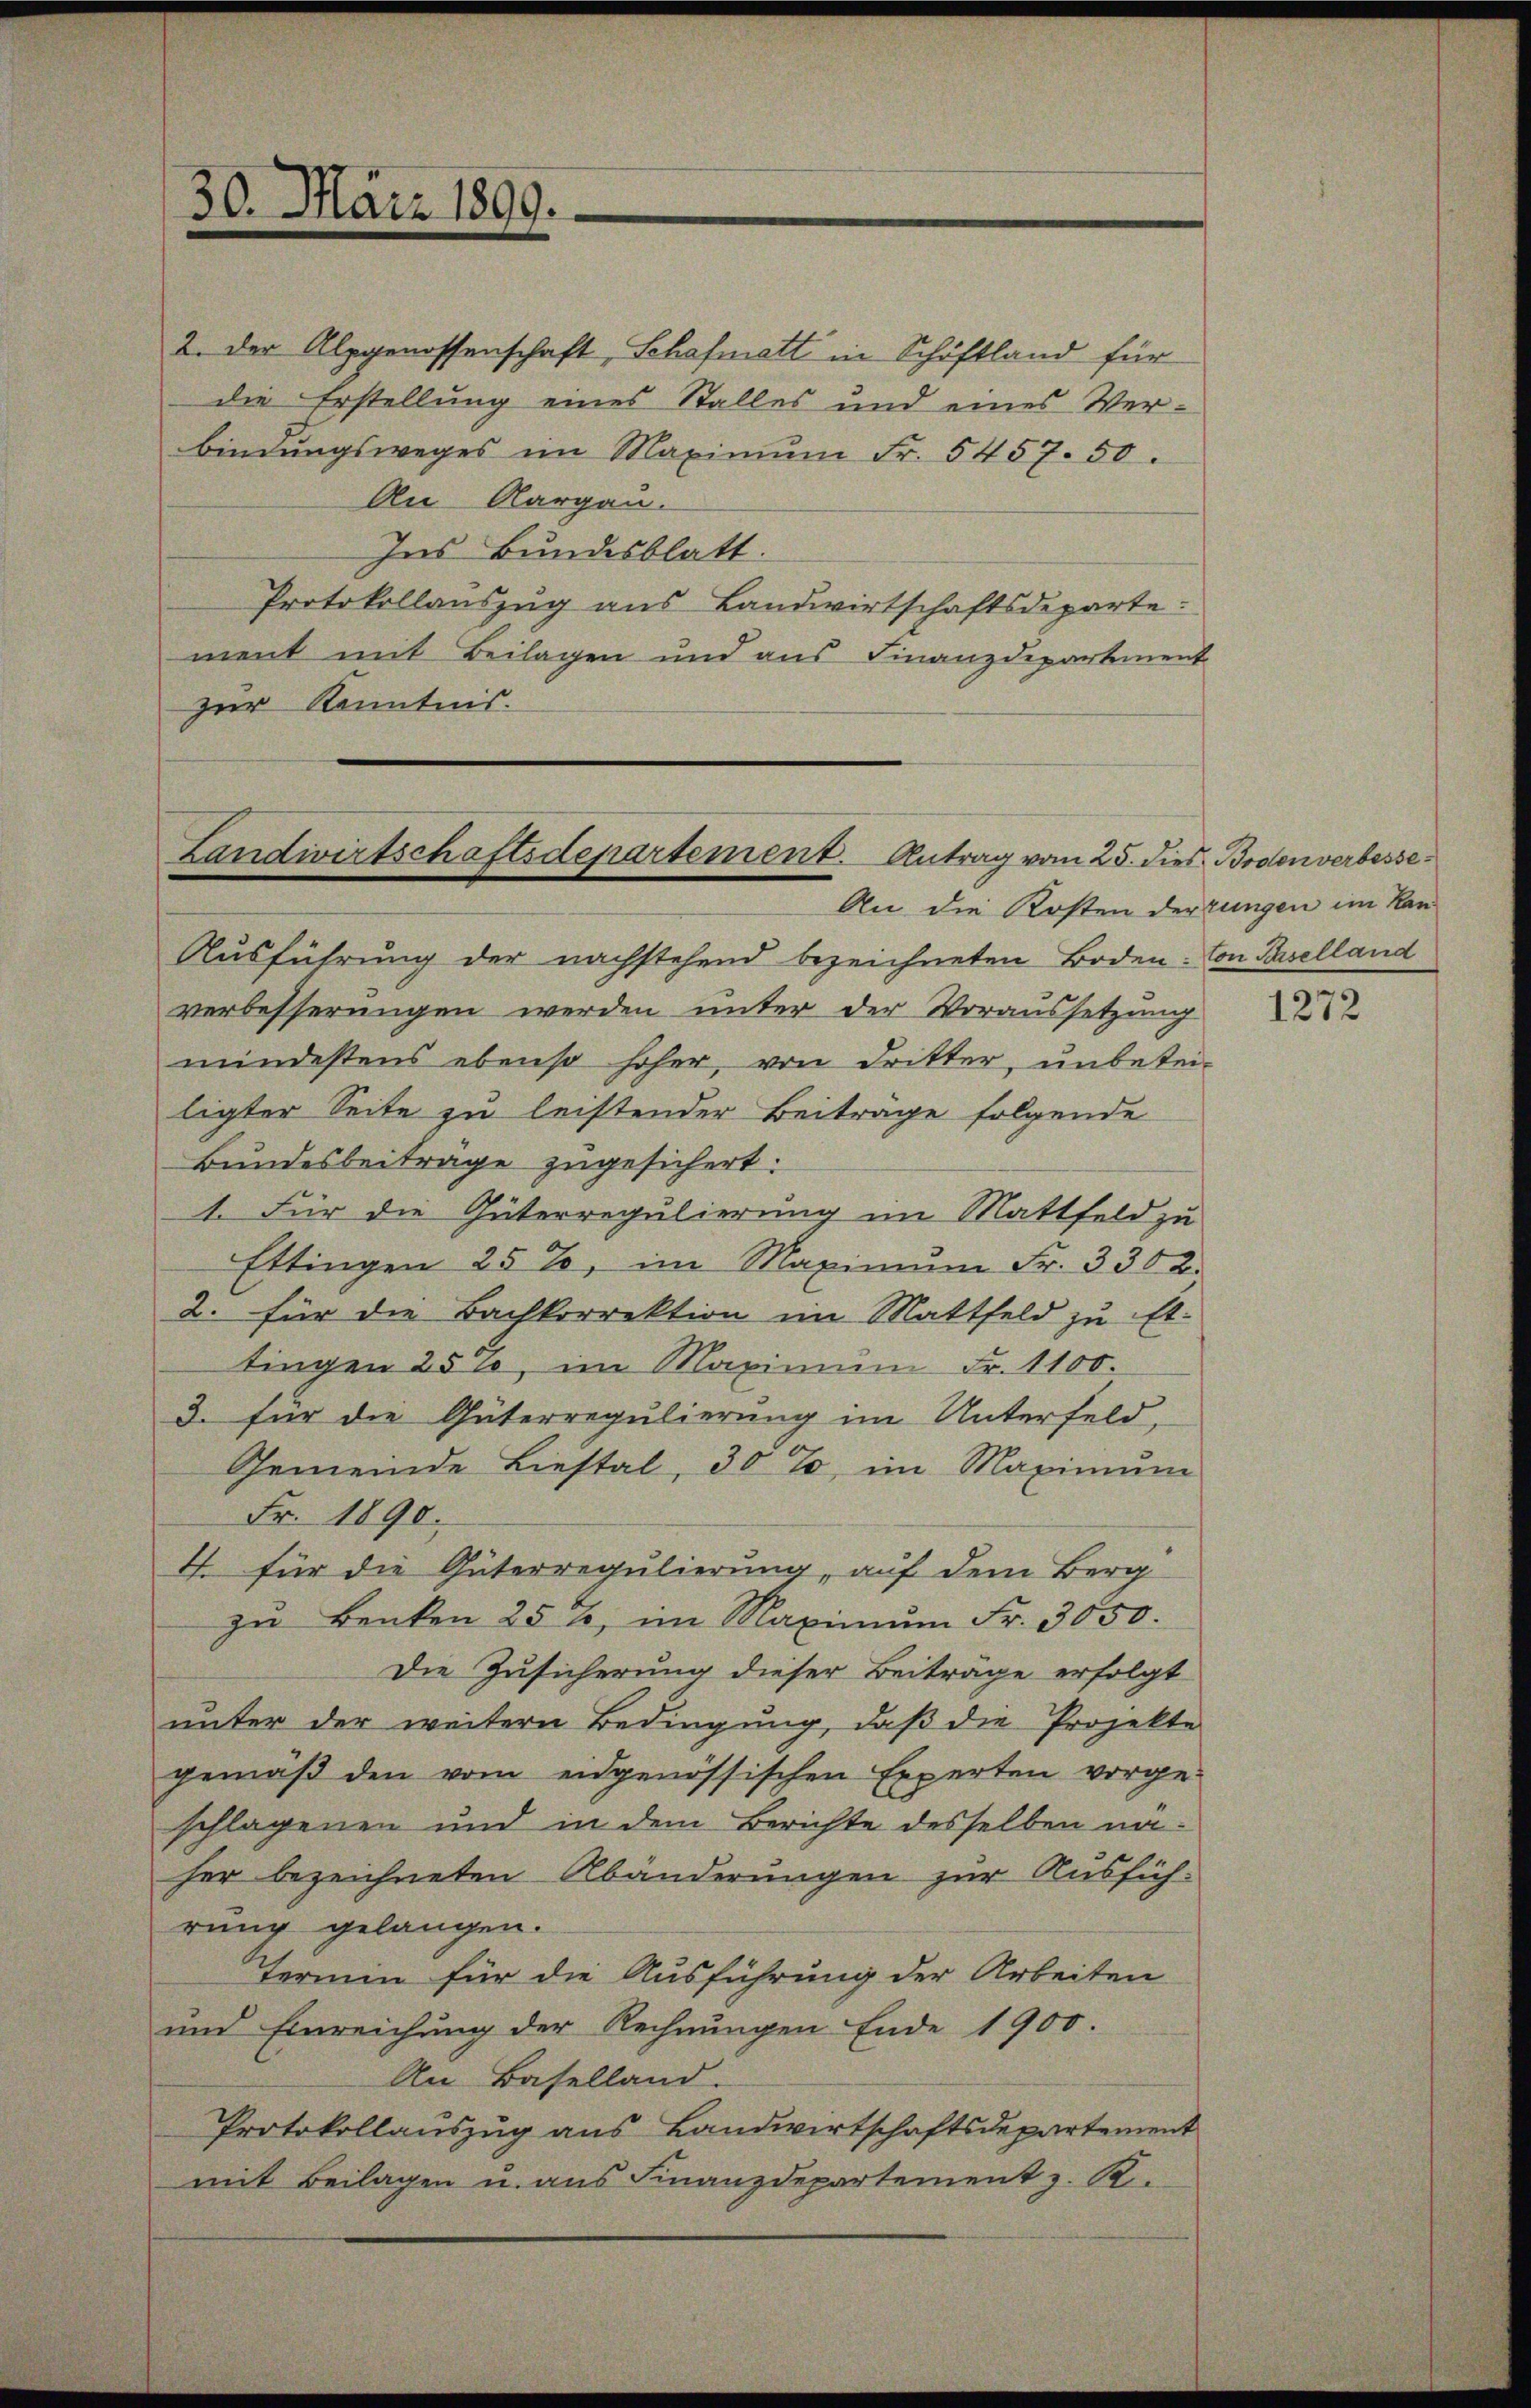
30. März 1899.

2. Der Alpgenossenschaft, Schafmatt in Schöftland für
die Erstellung eines Stalles und eines Ver-
bindungsweges im Maximŭm Fr. 5457. 50.
An Aargau.
Ins Bundesblatt.
Protokollauszug aus Landwirtschaftsdeparte
ment mit Beilagen und aus Finanzdepartement
zur Kenntnis.

Landwirtschaftsdepartement. Antrag vom 25. dies Bodenverbesse¬
An die Kosten derrungen im Kan¬

Ausführung der nachstehend bezeichneten Boden-Con Paselland
verbesserungen werden unter der Voraussetzung
mindestens ebenso hoher, von Dritter, unbetei-
ligter Seite zu leistender Beiträge folgende
Bundesbeitrage zugesichert.
1. Für die Güterregulierung im Mattfeld zu
Ettingen 25%, im Maximŭm Fr. 3302.
2. für die Bachkorrektion im Mattfeld zu Et-
tingen 2500, im Maximum Fr. 1100.
3. für die Güterregulierung im Unterfeld-
Gemeinde Liestal, 30 %, im Maximŭm
Fr. 1890.
4. für die Güterregulierung, auf dem Berg
zŭ Benken 25 t, im Maximŭm Fr. 3050.
Die Zusicherung dieser Beiträge erfolgt
unter der weitern Bedingung, daß die Projekte
gemäß den vom eidgenössischen Experten vorge-
schlagenen und in dem Berichte desselben naher bezeichneten Abänderungen zur Ausführung gelangen.
Termin für die Ausführung der Arbeiten
und Einreichung der Rechnungen Ende 1900.
An Baselland.
Protokollauszug aus Landwirtschaftsdepartement
mit Beilagen u. aus Finanzdepartement z. R.

1272